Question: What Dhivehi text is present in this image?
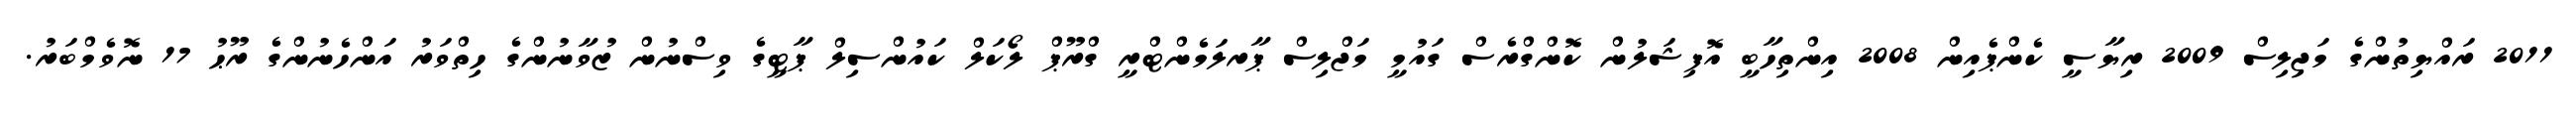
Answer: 2011 ރައްޔިތުންގެ މަޖިލިސް 2009 ރިޔާސީ ކެންޕެއިން 2008 އިންތިހާބީ އޮފިޝަލުން ކޮންގްރެސް ގައުމީ މަޖްލިސް ޕާރލަމެންޓްރީ ގްރޫޕް ލޯކަލް ކައުންސިލް ޕާޓީގެ ވިސްނުން ޒުވާނުންގެ ހިތްވަރު އަންހެނުންގެ ރޫޙު 17 ނޮވެމްބަރު.